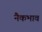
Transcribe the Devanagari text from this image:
नैकभाव